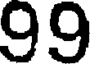
99